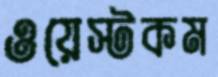
ওয়েস্টকম